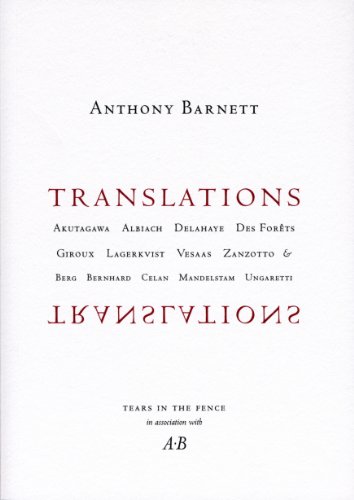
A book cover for Translations; Anthony Barnett; Literature & Fiction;